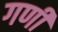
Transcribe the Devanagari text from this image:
गणीं